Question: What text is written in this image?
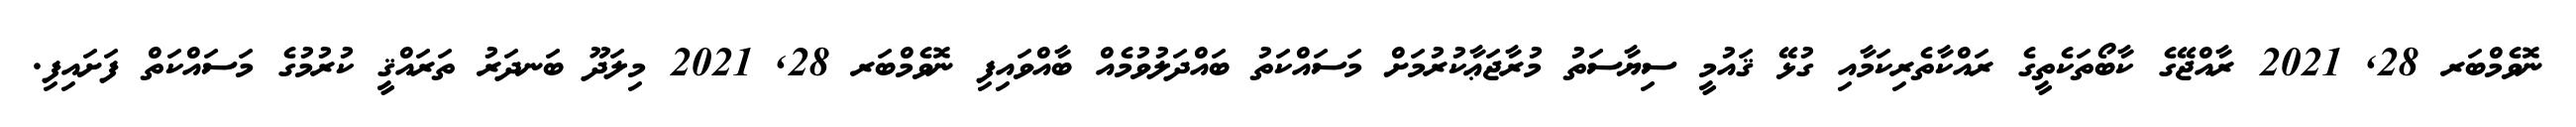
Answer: ނޮވެމްބަރ 28, 2021 ރާއްޖޭގެ ކާބޯތަކެތީގެ ރައްކާތެރިކަމާއި ގުޅޭ ޤައުމީ ސިޔާސަތު މުރާޖަޢާކުރުމަށް މަސައްކަތު ބައްދަލުވުމެއް ބާއްވައިފި ނޮވެމްބަރ 28, 2021 މިލަދޫ ބަނދަރު ތަރައްޤީ ކުރުމުގެ މަސައްކަތް ފަށައިފި.